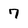
Character: 7